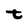
Character: t